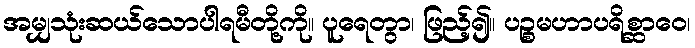
အမျှသုံးဆယ်သောပါရမီတို့ကို။ ပူရေတွာ၊ ဖြည့်၍။ ပဉ္စမဟာပရိစ္ဆာဝေ၊